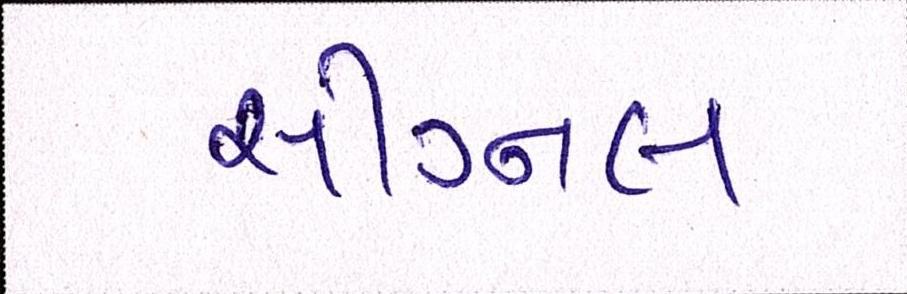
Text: સીગ્નલ